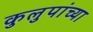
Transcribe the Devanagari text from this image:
कुलुपांच्या